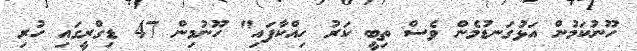
ހޫނުކަމުން އަޅުގަނޑުމެން ވެސް ތިބީ ކަރު ހިއްކާފައި" ހޫނުމިން 47 ޑިގްރީގައި ހުރި